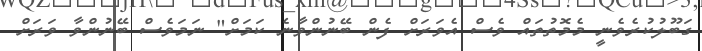
ގަބޫލުކުރެވެނީ މެމޮތުތައް ވެސް އެވަރަށް ފެން ބޭނުންވާނެ ކަމަށް" ނަމަވެސް ބޭނުންވާ ވަރަށް